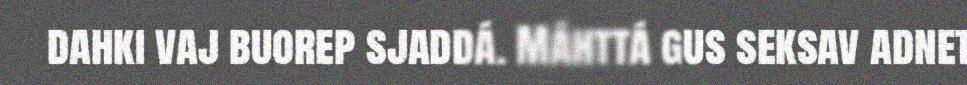
dahki vaj buorep sjaddá. Máhttá gus seksav adnet